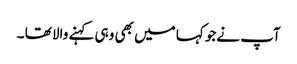
آپ نےجو کہا میں بھی وہی کہنے والا تھا ۔